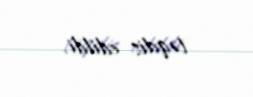
təqdis edildi.